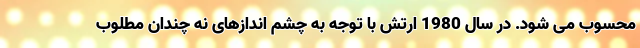
محسوب می شود. در سال 1980 ارتش با توجه به چشم اندازهای نه چندان مطلوب